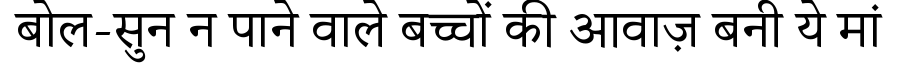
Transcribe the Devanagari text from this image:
बोल-सुन न पाने वाले बच्चों की आवाज़ बनी ये मां